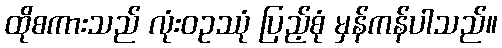
ထိုစကားသည် လုံးဝဥဿုံ ပြည့်စုံ မှန်ကန်ပါသည်။